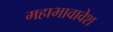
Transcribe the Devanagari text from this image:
महाभावावेश